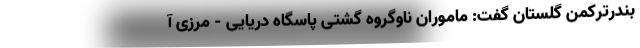
بندرترکمن گلستان گفت: ماموران ناوگروه گشتی پاسگاه دریایی - مرزی آ